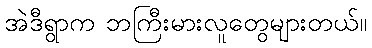
အဲဒီရွာက ဘကြီးမားလူတွေများတယ်။